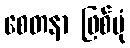
စေတနာ ဖြစ်ပုံ